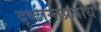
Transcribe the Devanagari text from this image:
दृष्टान्तप्रबोध